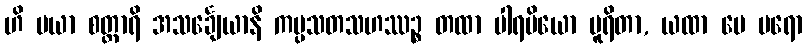
ဟိ မယာ စတ္တာရိ အသင်္ချေယာနိ ကပ္ပသတသဟဿဉ္စ တထာ ပါရမိယော ပူရိတာ, ယထာ မေ ပရော